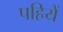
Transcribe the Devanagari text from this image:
पहियें